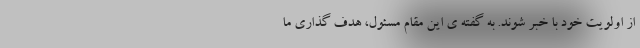
از اولویت خود با خبر شوند. به گفته ی این مقام مسئول، هدف گذاری ما